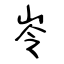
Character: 岺